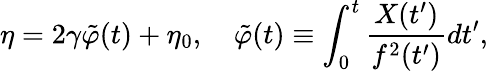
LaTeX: \eta=2\gamma\tilde{\varphi}(t)+\eta_{0},~~~~\tilde{\varphi}(t)\equiv\int_{0}^{t}\frac{X(t^{\prime})}{f^{2}(t^{\prime})}dt^{\prime},